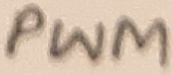
Text: PWM